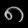
Digit: ၈